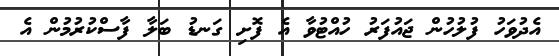
އެދުވަހު ފުލުހުން ޖައުފަރު ހުއްޓުވާ އެ ފޮށި ގަނޑު ބަލާ ފާސްކުރުމުން އެ